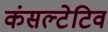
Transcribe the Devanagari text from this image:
कंसल्टेटिव